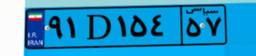
۶۵D۴۷۵۵۹